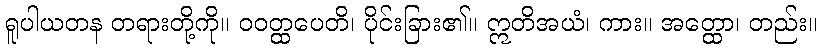
ရူပါယတန တရားတို့ကို။ ဝဝတ္ထပေတိ၊ ပိုင်းခြား၏။ ဣတိအယံ၊ ကား။ အတ္ထော၊ တည်း။